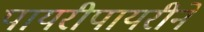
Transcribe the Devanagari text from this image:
पायरीपायरीने